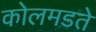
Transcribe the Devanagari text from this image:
कोलमडते